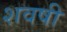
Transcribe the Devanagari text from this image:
शवषी